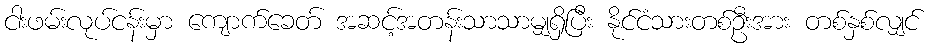
ငါးဖမ်းလုပ်ငန်းမှာ ကျောက်ခေတ် အဆင့်အတန်းသာသာမျှရှိပြီး နိုင်ငံသားတစ်ဦးအား တစ်နှစ်လျှင်